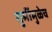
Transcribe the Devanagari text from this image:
गुर्मीमुळेच